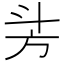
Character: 𣃜